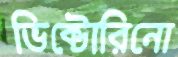
ভিক্টোরিনো